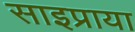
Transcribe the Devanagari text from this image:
साइप्राया